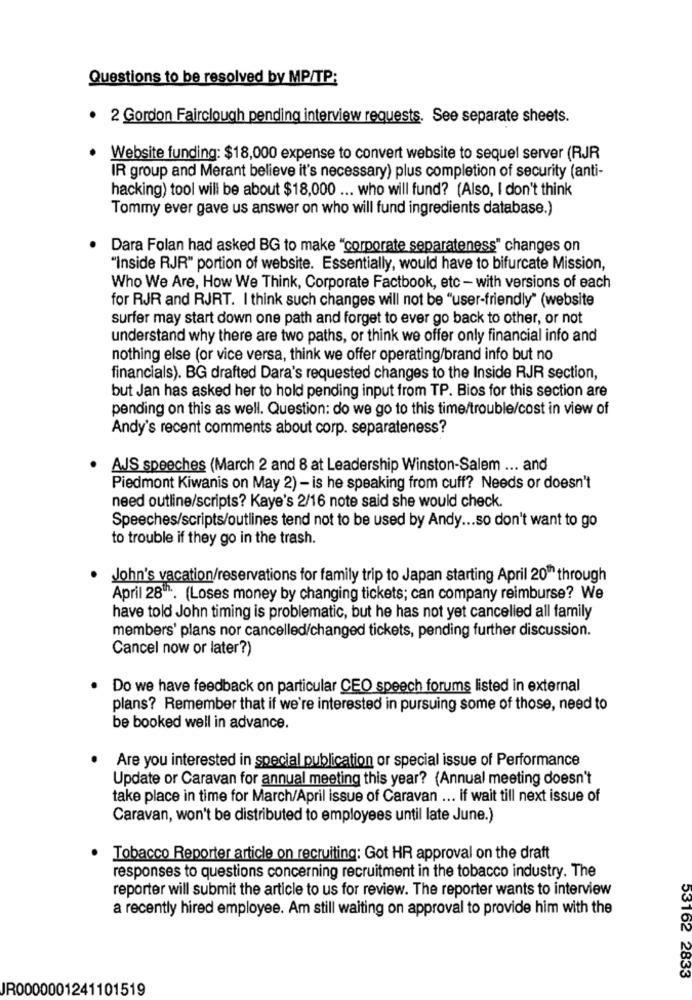
Questions to be resolved by MP/TP:
· 2 Gordon Fairclough pending interview requests. See separate sheets.
Website funding: $18,000 expense to convert website to sequel server (RJR
IR group and Merant believe it's necessary) plus completion of security (anti-
hacking) tool will be about $18,000 ... who will fund? (Also, I don't think
Tommy ever gave us answer on who will fund ingredients database.)
Dara Folan had asked BG to make "corporate separateness" changes on
"Inside RJR" portion of website. Essentially, would have to bifurcate Mission,
Who We Are, How We Think, Corporate Factbook, etc - with versions of each
for RJR and RJRT. I think such changes will not be "user-friendly" (website
surfer may start down one path and forget to ever go back to other, or not
understand why there are two paths, or think we offer only financial info and
nothing else (or vice versa, think we offer operating/brand info but no
financials). BG drafted Dara's requested changes to the Inside RJR section,
but Jan has asked her to hold pending input from TP. Bios for this section are
pending on this as well. Question: do we go to this time/trouble/cost in view of
Andy's recent comments about corp. separateness?
· AJS speeches (March 2 and 8 at Leadership Winston-Salem ... and
Piedmont Kiwanis on May 2) - is he speaking from cuff? Needs or doesn't
need outline/scripts? Kaye's 2/16 note said she would check.
Speeches/scripts/outlines tend not to be used by Andy ... so don't want to go
to trouble if they go in the trash.
John's vacation/reservations for family trip to Japan starting April 20" through
April 28h. (Loses money by changing tickets; can company reimburse? We
have told John timing is problematic, but he has not yet cancelled all family
members' plans nor cancelled/changed tickets, pending further discussion.
Cancel now or later?)
Do we have feedback on particular CEO speech forums listed in external
plans? Remember that if we're interested in pursuing some of those, need to
be booked well in advance.
Are you interested in special publication or special issue of Performance
Update or Caravan for annual meeting this year? (Annual meeting doesn't
take place in time for March/April issue of Caravan ... if wait till next issue of
Caravan, won't be distributed to employees until late June.)
Tobacco Reporter article on recruiting: Got HR approval on the draft
responses to questions concerning recruitment in the tobacco industry. The
reporter will submit the article to us for review. The reporter wants to interview
a recently hired employee. Am still waiting on approval to provide him with the
53162 2833
JR0000001241101519